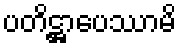
ပတိဋ္ဌာပေဿာမိ